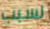
لسبب